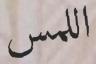
اللمس